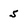
Character: 5